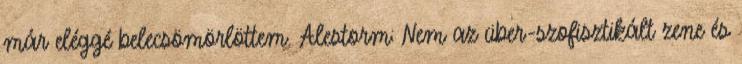
már eléggé belecsömörlöttem. Alestorm: Nem az über-szofisztikált zene és